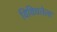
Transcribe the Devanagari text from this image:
विविधतेला